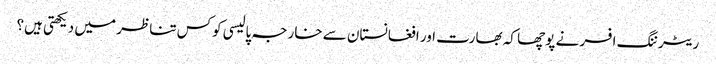
ریٹرننگ افسر نے پوچھا کہ بھارت اور افغانستان سے خارجہ پالیسی کوکس تناظر میں دیکھتی ہیں؟